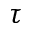
\tau